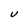
Character: U